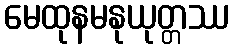
မေထုနမနုယုတ္တဿ